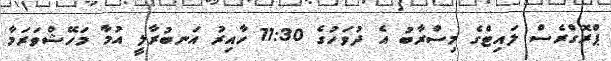
ޕްރޮގްރެސް ލައިޓްގެ މިސްރާބު އެ ދުވަހުގެ 11:30 ހާއިރު އަނބުރާލީ އުމާ މަހޭޝްވަރަމާ